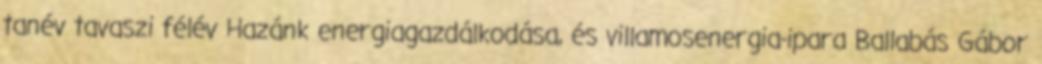
tanév tavaszi félév Hazánk energiagazdálkodása, és villamosenergia-ipara Ballabás Gábor